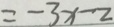
= - 3 x - 2